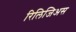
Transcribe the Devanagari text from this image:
रिलिजिअस